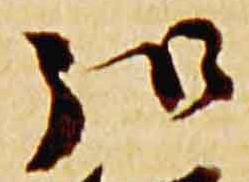
弘